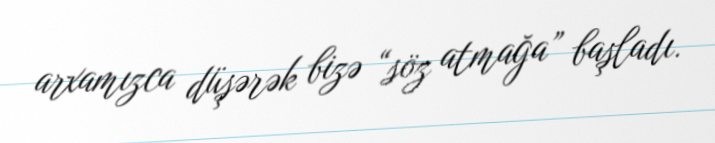
arxamızca düşərək bizə “söz atmağa” başladı.